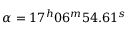
\alpha = 1 7 ^ { h } 0 6 ^ { m } 5 4 . 6 1 ^ { s }